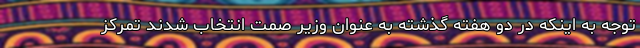
توجه به اینکه در دو هفته گذشته به عنوان وزیر صمت انتخاب شدند تمرکز